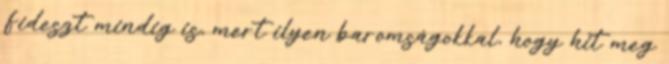
Fideszt mindig is, mert ilyen baromságokkal, hogy hit meg